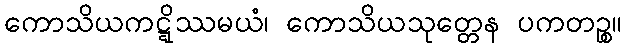
ကောသိယကဋ္ဋိဿမယံ၊ ကောသိယသုတ္တေန ပကတဉ္စ။